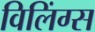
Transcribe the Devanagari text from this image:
विलिंग्स